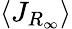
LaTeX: \langle J_{R_{\infty}}\rangle